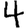
Digit: 4